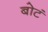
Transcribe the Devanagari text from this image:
बोटं